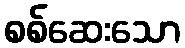
စစ်ဆေးသော